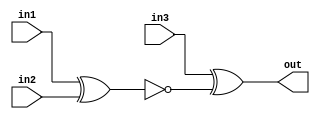
module top_module (
    input in1,
    input in2,
    input in3,
    output out);

    assign out = (in3 ^ ~(in1 ^ in2));
    
endmodule